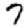
Digit: 7